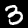
Label: 3